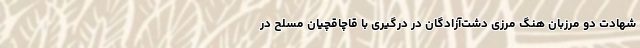
شهادت دو مرزبان هنگ مرزی دشت‌آزادگان در درگیری با قاچاقچیان مسلح در